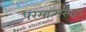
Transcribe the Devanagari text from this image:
परमात्मस्वरूप